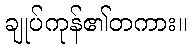
ချုပ်ကုန်၏တကား။